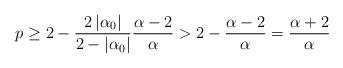
LaTeX: \begin{align*}p\geq 2-\frac{2\left|\alpha_{0}\right|}{2-\left|\alpha_{0}\right|}\frac{\alpha-2}{\alpha}>2-\frac{\alpha-2}{\alpha}=\frac{\alpha+2}{\alpha}\end{align*}